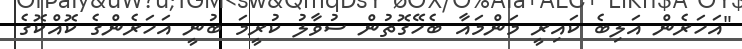
"އަހަރެން އަލިބެ ކައިރީ މަންމައާ ބެހޭގޮތުން ސުވާލު ކުރީމަ ބުނީ އަހަރެންގެ ކޮއްކޮގެ